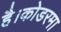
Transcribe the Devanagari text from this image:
है।कोडरमा